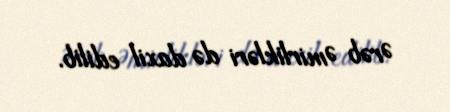
Ərəb Əmirlikləri də daxil edilib.